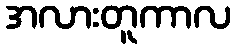
အလားတူကာလ